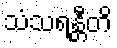
သံသရန္တီတိ